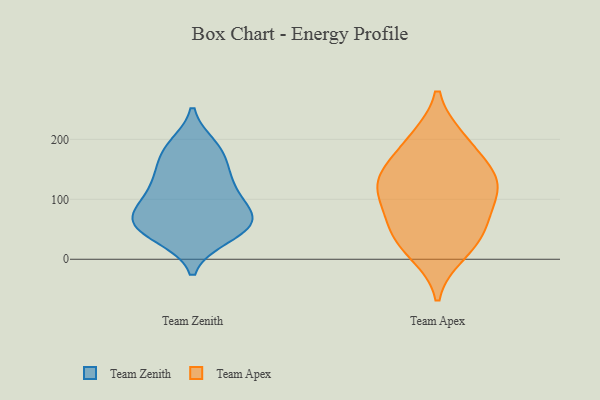
{"axis": {"x": "Bounce Rate (%)", "y": "Value"}, "legend": ["Team Apex", "Team Zenith"], "data": [{"x": "", "y": 69, "type": "Team Zenith"}, {"x": "", "y": 88, "type": "Team Zenith"}, {"x": "", "y": 140, "type": "Team Zenith"}, {"x": "", "y": 179, "type": "Team Zenith"}, {"x": "", "y": 65, "type": "Team Zenith"}, {"x": "", "y": 101, "type": "Team Zenith"}, {"x": "", "y": 38, "type": "Team Zenith"}, {"x": "", "y": 55, "type": "Team Zenith"}, {"x": "", "y": 188, "type": "Team Zenith"}, {"x": "", "y": 59, "type": "Team Zenith"}, {"x": "", "y": 40, "type": "Team Zenith"}, {"x": "", "y": 178, "type": "Team Zenith"}, {"x": "", "y": 69, "type": "Team Zenith"}, {"x": "", "y": 126, "type": "Team Zenith"}, {"x": "", "y": 128, "type": "Team Zenith"}, {"x": "", "y": 64, "type": "Team Apex"}, {"x": "", "y": 111, "type": "Team Apex"}, {"x": "", "y": 126, "type": "Team Apex"}, {"x": "", "y": 146, "type": "Team Apex"}, {"x": "", "y": 140, "type": "Team Apex"}, {"x": "", "y": 28, "type": "Team Apex"}, {"x": "", "y": 200, "type": "Team Apex"}, {"x": "", "y": 127, "type": "Team Apex"}, {"x": "", "y": 196, "type": "Team Apex"}, {"x": "", "y": 81, "type": "Team Apex"}, {"x": "", "y": 11, "type": "Team Apex"}, {"x": "", "y": 43, "type": "Team Apex"}]}